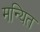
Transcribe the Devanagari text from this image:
मन्यित